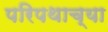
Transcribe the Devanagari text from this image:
परिपथाच्या